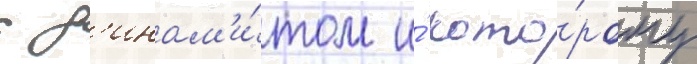
с д'инам'и́том и́ кото́рому